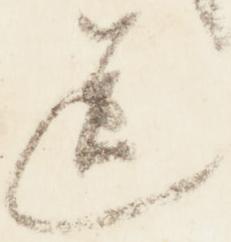
送